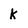
Character: k